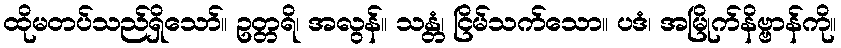
ထိုမတပ်သည်ရှိသော်။ ဥတ္တရိ၊ အလွန်။ သန္တံ၊ ငြိမ်သက်သော။ ပဒံ၊ အမြိုက်နိဗ္ဗာန်ကို။